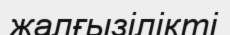
жалғызілікті